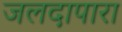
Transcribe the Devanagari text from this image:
जलदापारा